system: You are a helpful assistant.
user:
Analyze the provided spectrum to determine if it is a **S-type Star**.

- **Key Indicators for S-type Star:**

    - **(Overall Spectrum Shape):** The first and most obvious characteristic is the overall continuum (the "baseline" shape). It is **extremely "red-sloping,"** meaning the flux (light intensity) is very low on the left side (blue, ~4000-4500 Å) and rises steeply and continuously toward the right side (red, ~7000 Å+).

    - **(Primary):** The spectrum is defined by the presence of strong, broad molecular absorption "valleys" (bands) from **Zirconium Oxide (ZrO)**. The identification of these bands is the **primary requirement** for classifying a star as S-type.
        - **(Key Bandheads):** You must find distinct, deep "dips" where the light has been absorbed. The most critical band systems to locate are:
            - **~6474 Å** ($\gamma$-system): This is often the strongest and clearest ZrO feature, found in the red part of the spectrum.
            - **~5718 Å** & **~5551 Å** ($\beta$-system): A pair of prominent absorption features in the yellow-orange part of the spectrum.
            - **~4640 Å** ($\alpha$-system): A key absorption band system in the blue-green region of the spectrum.

    - **(Secondary Confirmation):** The classification is strengthened by finding additional absorption bands from other related heavy element oxides, which are expected to be present alongside ZrO.
        - **(Key Bandheads):**
            - **Yttrium Oxide (YO):** Look for absorption dips near **~4800 Å** and **~6100 Å**.
            - **Lanthanum Oxide (LaO):** Additional absorption features, particularly in the red-orange part of the spectrum, are also characteristic.

    - **(Line Profile):** The combination of the steep red continuum and these numerous, deep molecular bands (ZrO, YO, etc.) gives the entire spectrum a very **"chopped-up"** or **"bumpy"** appearance. Instead of a smooth curve, the spectrum looks as though large, wide chunks of light have been "carved out" of it at the specific wavelengths listed above.

Think first, call **spectral_visualization_tool** if needed to examine features in detail, then provide your final answer. Your response must adhere to the following strict rules:
1.  **Overall Structure:** Your response must follow the format `<think>...</think> <tool_call>...</tool_call> (if a tool is used) <answer>...</answer>`.
2.  **Tool Usage Constraint:** You may only make **one** tool call per turn.
3.  **Final Answer Format:** In the `<answer>` tag, your conclusion must be inside a `\boxed{}` command (e.g., `\boxed{YES}` or `\boxed{NO}`), followed by your justification.

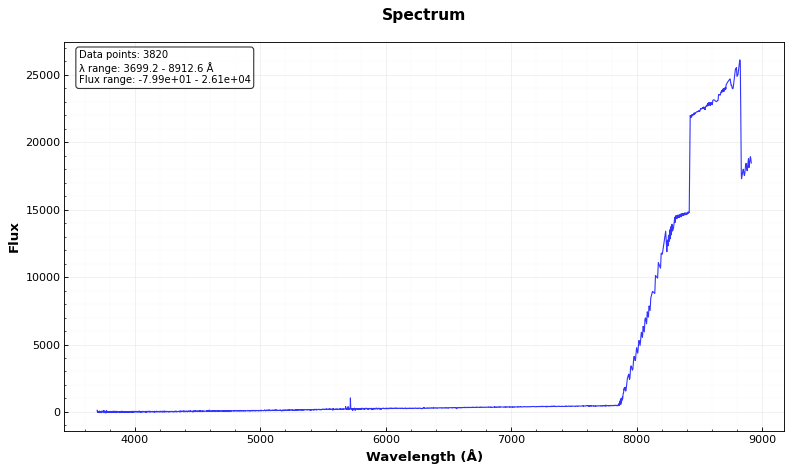
Answer: NO